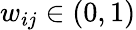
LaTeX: w_{ij}\in(0,1)